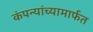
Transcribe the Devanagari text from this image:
कंपन्यांच्यामार्फत